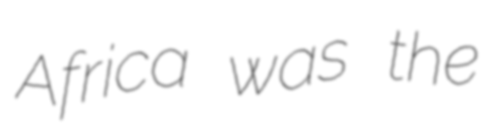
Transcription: Africa was the